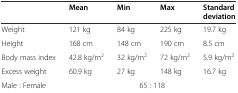
<table><thead><tr><td></td><td><b>Mean</b></td><td><b>Min</b></td><td><b>Max</b></td><td><b>Standard deviation</b></td></tr></thead><tbody><tr><td>Weight</td><td>121 kg</td><td>84 kg</td><td>225 kg</td><td>19.7 kg</td></tr><tr><td>Height</td><td>168 cm</td><td>148 cm</td><td>190 cm</td><td>8.5 cm</td></tr><tr><td>Body mass index</td><td>42.8 kg/m<sup>2</sup></td><td>32 kg/m<sup>2</sup></td><td>72 kg/m<sup>2</sup></td><td>5.9 kg/m<sup>2</sup></td></tr><tr><td>Excess weight</td><td>60.9 kg</td><td>27 kg</td><td>148 kg</td><td>16.7 kg</td></tr><tr><td>Male : Female</td><td colspan="4">65 : 118</td></tr></tbody></table>